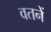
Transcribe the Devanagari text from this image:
वतनें